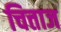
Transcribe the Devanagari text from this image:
चित्ताज